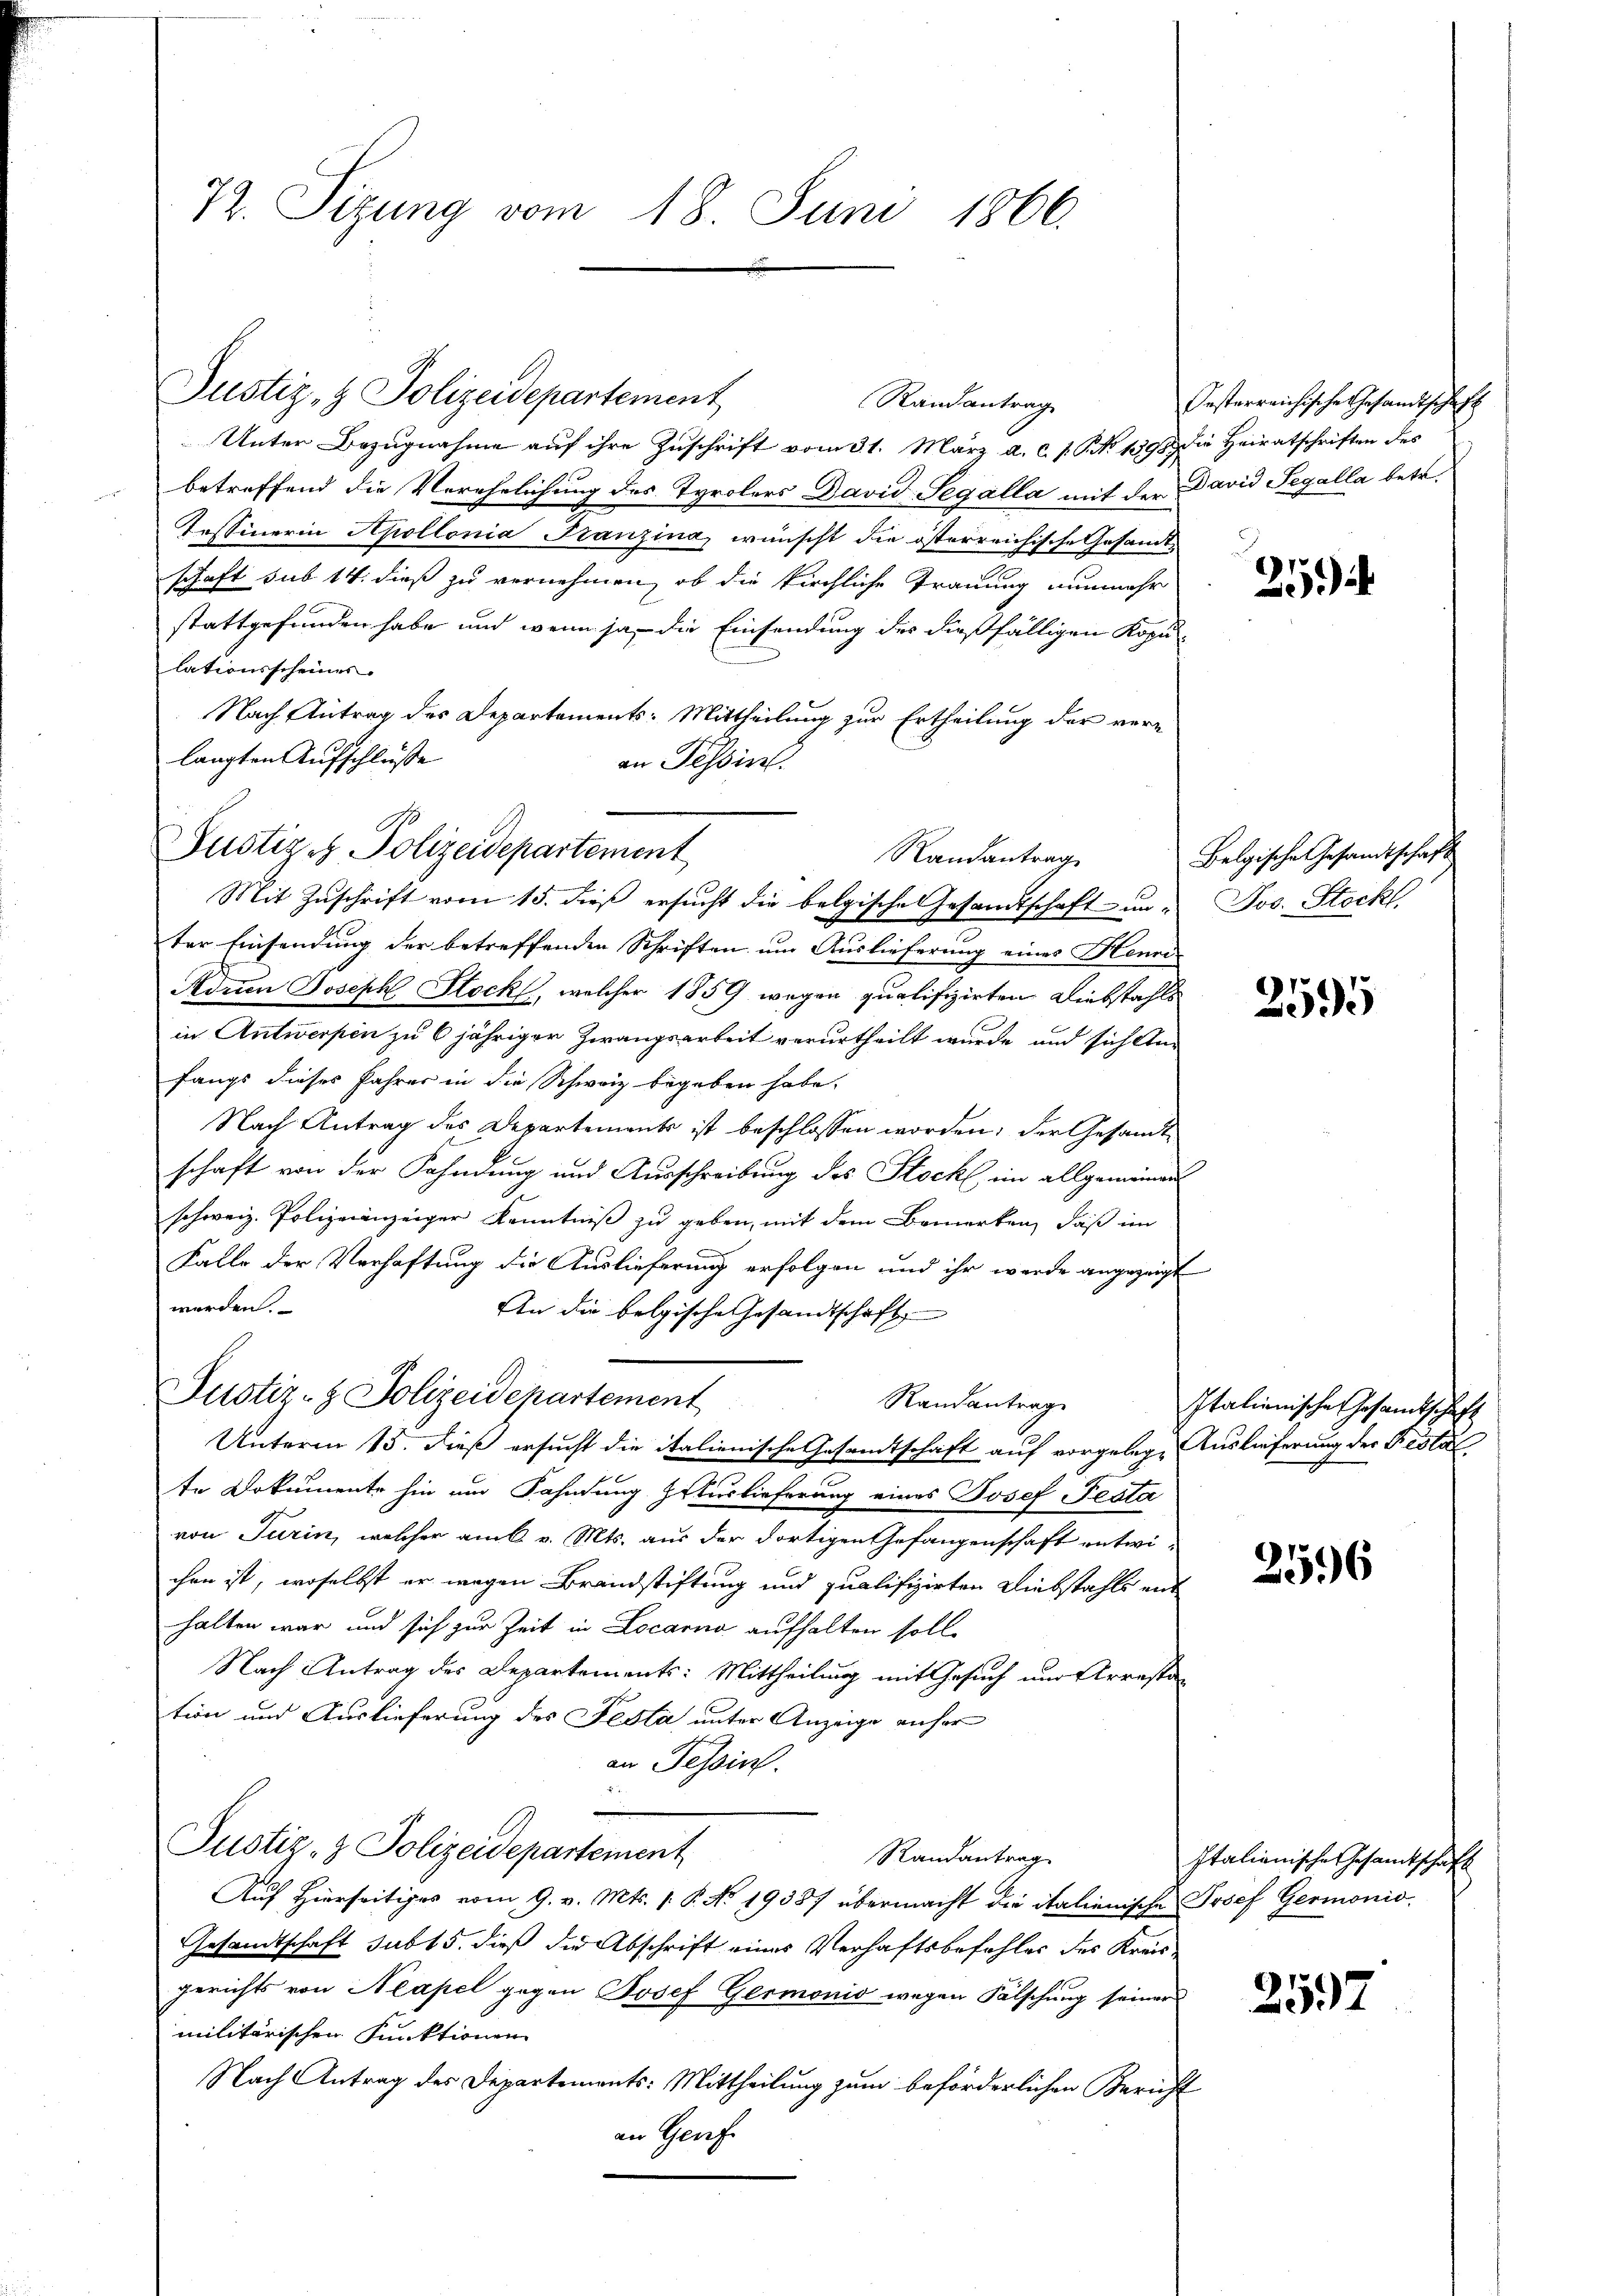
72. Sizung vom 18. Juni 1866.

Justiz & Polizeidepartement
Randantrag

Justiz- & Polizeidepartement
Unter Bezugnahme auf ihre Zuschrift vom 31. März a. c. s. No 1395 die Heiratschriften des
betreffend die Verehelichung des Tyrolers David Segálla mit der David Pegálla betr.
Tessinerin Apollonia Franzina, wünscht die österreichische Gesandtschaft sub 14. dieß zu vernehmen, ob die kirchliche Trauung nunmehr
stattgefunden habe und wenn ja, die Einsendung des dießfälligen Kopu-
lationsscheiner
Nach Antrag des Departements: Mittheilung zur Ertheilung der verlangten Aufschlüsse
an Tessin.
Mit Zuschrift vom 15. dieß ersucht die belgische Gesandtschaft un- Jos. Stockl
ter Einsendung der betreffenden Schriften um Auslieferung eines Henri- |
Aduen Joseph Stock, welcher 1859 wegen qualifizirten Diebstahls
in Antwerpen zu 6 jähriger Zwangsarbeit verurtheilt wurde, und sich Anfangs dieses Jahres in die Schweiz begeben habe.
Nach Antrag des Departements ist beschlossen worden; der Gesandt
schaft von der Fahndung und Ausschreibung des Stock, im allgemeinen
schweiz. Polizeianzeiger Kenntniß zu geben, mit dem Bemerken, daß im
Falle der Verhaftung die Auslieferung erfolgen und ihr werde angezeigt
werden.
An die belgische Gesandtschaft
Justiz- & Polizeidepartement
Randantrage
Unterm 15. dieß ersucht die italienische Gesandtschaft auf vorgelege Auslieferung der Festal
te Dokumente hin um Fahndung Irtuslieferung eines Josef Pesta
von Turin, welcher am 6. v. Mts. aus der dortigen Gefangenschaft entwichen ist, woselbst er wegen Brandstiftung und qualifizirten Diebstahls ent
halten war und sich zur Zeit in Locarno aufhalten solle
Nach Antrag des Departements: Mittheilung mit Gesuch und Arrestation und Auslieferung des Festa unter Anzeige unser
an Tessin.

Justiz- & Polizeidepartement
Randantrag
Auf Hierseitiges vom 9. v. Mts. 1. P. No. 19387 übermacht die italienische Josef Germonio
Gesandtschaft sub 15. dieß die Abschrift eines Verhaftsbefehles des Kreisgerichts von Neapel gegen Josef Germonio wegen Fälschung seiner
militärischen Funktionen
Nach Antrag des Departements: Mittheilung zum beförderlichen Bericht
an Genf

Randantrag

Gestarreichische Gesandtschaft

257)

Belgische Gesandtschaft

2595

Italienische Gesamtschaft

2596

Italienische Gesandtschaft

2597